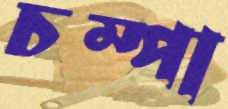
চম্পা